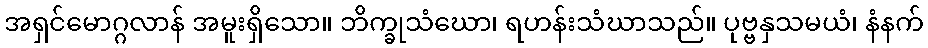
အရှင်မောဂ္ဂလာန် အမူးရှိသော။ ဘိက္ခုသံဃော၊ ရဟန်းသံဃာသည်။ ပုဗ္ဗနှသမယံ၊ နံနက်